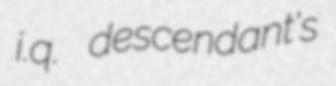
i.q. descendant's